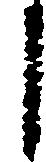
し